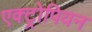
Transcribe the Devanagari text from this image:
एक्ट्रोपियन